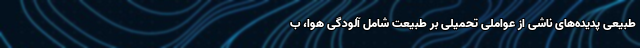
طبیعی پدیده‌های ناشی از عواملی تحمیلی بر طبیعت شامل آلودگی هوا، ب